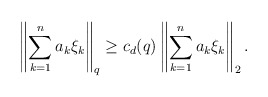
\begin{align*}\left\|\sum_{k=1}^n a_k\xi_k\right\|_q \geq c_d(q)\left\|\sum_{k=1}^n a_k\xi_k\right\|_2.\end{align*}